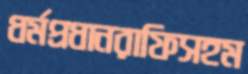
ধর্মপ্রধানরাফিসহম